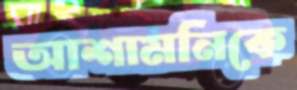
আশামনিকে